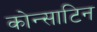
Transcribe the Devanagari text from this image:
कोन्साटिन